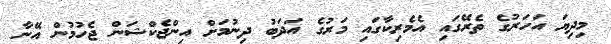
މިދިޔަ އަހަރުގެ ތެރޭގައި އެމެރިކާގައި މަރުގެ އަދަބު ދިނުމަށް އިންޖެކްޝަން ޖެހުމުން އޭނާ